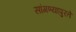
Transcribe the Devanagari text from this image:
सांगण्यापुरते